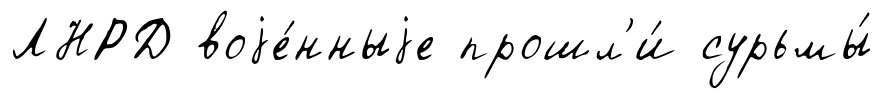
ЛНРД воjе́нныjе прошл'и́ сурьмы́